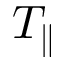
T _ { \parallel }